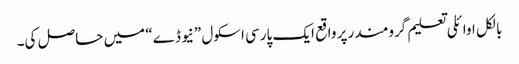
بالکل اوائلی تعلیم گرومندر پر واقع ایک پارسی اسکول ”نیو ڈے“ میں حاصل کی۔